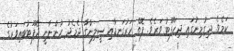
ކަމެވެ. ދިގުމިނުގައި ދިހަފޫޓު ވަރެވެ. ފޮތް ހަރުގަނޑާއި ސީލިންގާ ދެމެދު ހުންނާނީ ދެފޫޓުބައިވަރުގެ